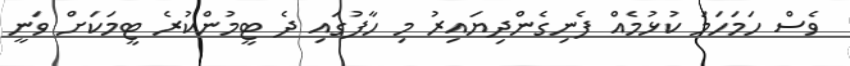
ވެސް ހަމަހަމަ ކުޅުމެއް ފެނިގެންދިޔައިރު މި ހާފުގައި ދެ ޓީމުންކުރެ ޓީމަކަށް ވަނީ